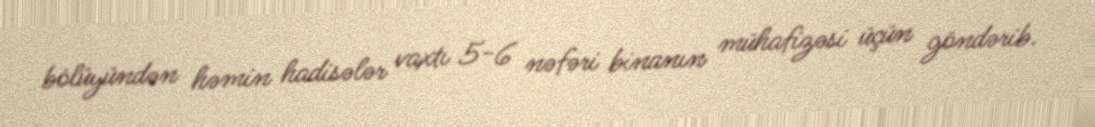
bölüyündən həmin hadisələr vaxtı 5-6 nəfəri binanın mühafizəsi üçün göndərib.